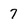
Character: 7